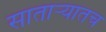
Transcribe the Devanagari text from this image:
सातार्‍यातच